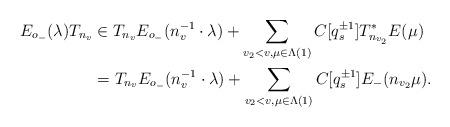
LaTeX: \begin{align*}E_{o_-}(\lambda)T_{n_v} & \in T_{n_v}E_{o_-}(n_v^{-1}\cdot\lambda) + \sum_{v_2 < v,\mu \in \Lambda(1)}C[q_s^{\pm 1}]T_{n_{v_2}}^*E(\mu)\\& = T_{n_v}E_{o_-}(n_v^{-1}\cdot\lambda) + \sum_{v_2<v,\mu\in\Lambda(1)}C[q_s^{\pm 1}]E_-(n_{v_2}\mu).\end{align*}